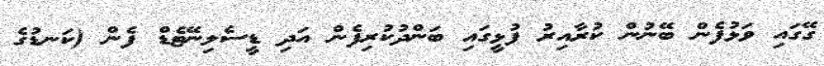
ގޭގައި ވަޅުފެން ބޭނުން ކުރާއިރު ފުޅީގައި ބަންދުކުރިފެން އަދި ޑީސެލިނޭޓެޑް ފެން (ކަނޑުގެ